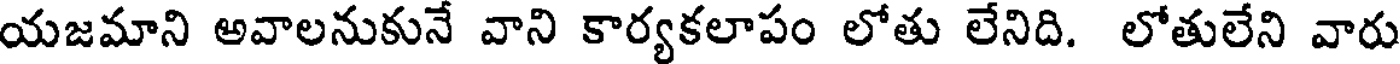
యజమాని అవాలనుకునే వాని కార్యకలాపం లోతు లేనిది. లోతులేని వారు